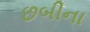
છબીના